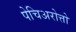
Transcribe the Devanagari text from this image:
पेचिअरोत्तो